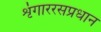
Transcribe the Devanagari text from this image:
शृंगाररसप्रधान